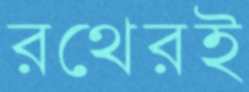
রথেরই